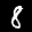
Label: 8